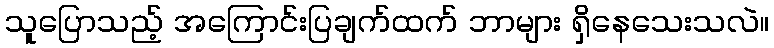
သူပြောသည့် အကြောင်းပြချက်ထက် ဘာများ ရှိနေသေးသလဲ။